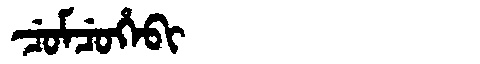
Manchu: ᠴᡠᠮᠴᡠᡥᡝᠪᡳ
Romanization: CUMCUHEBI